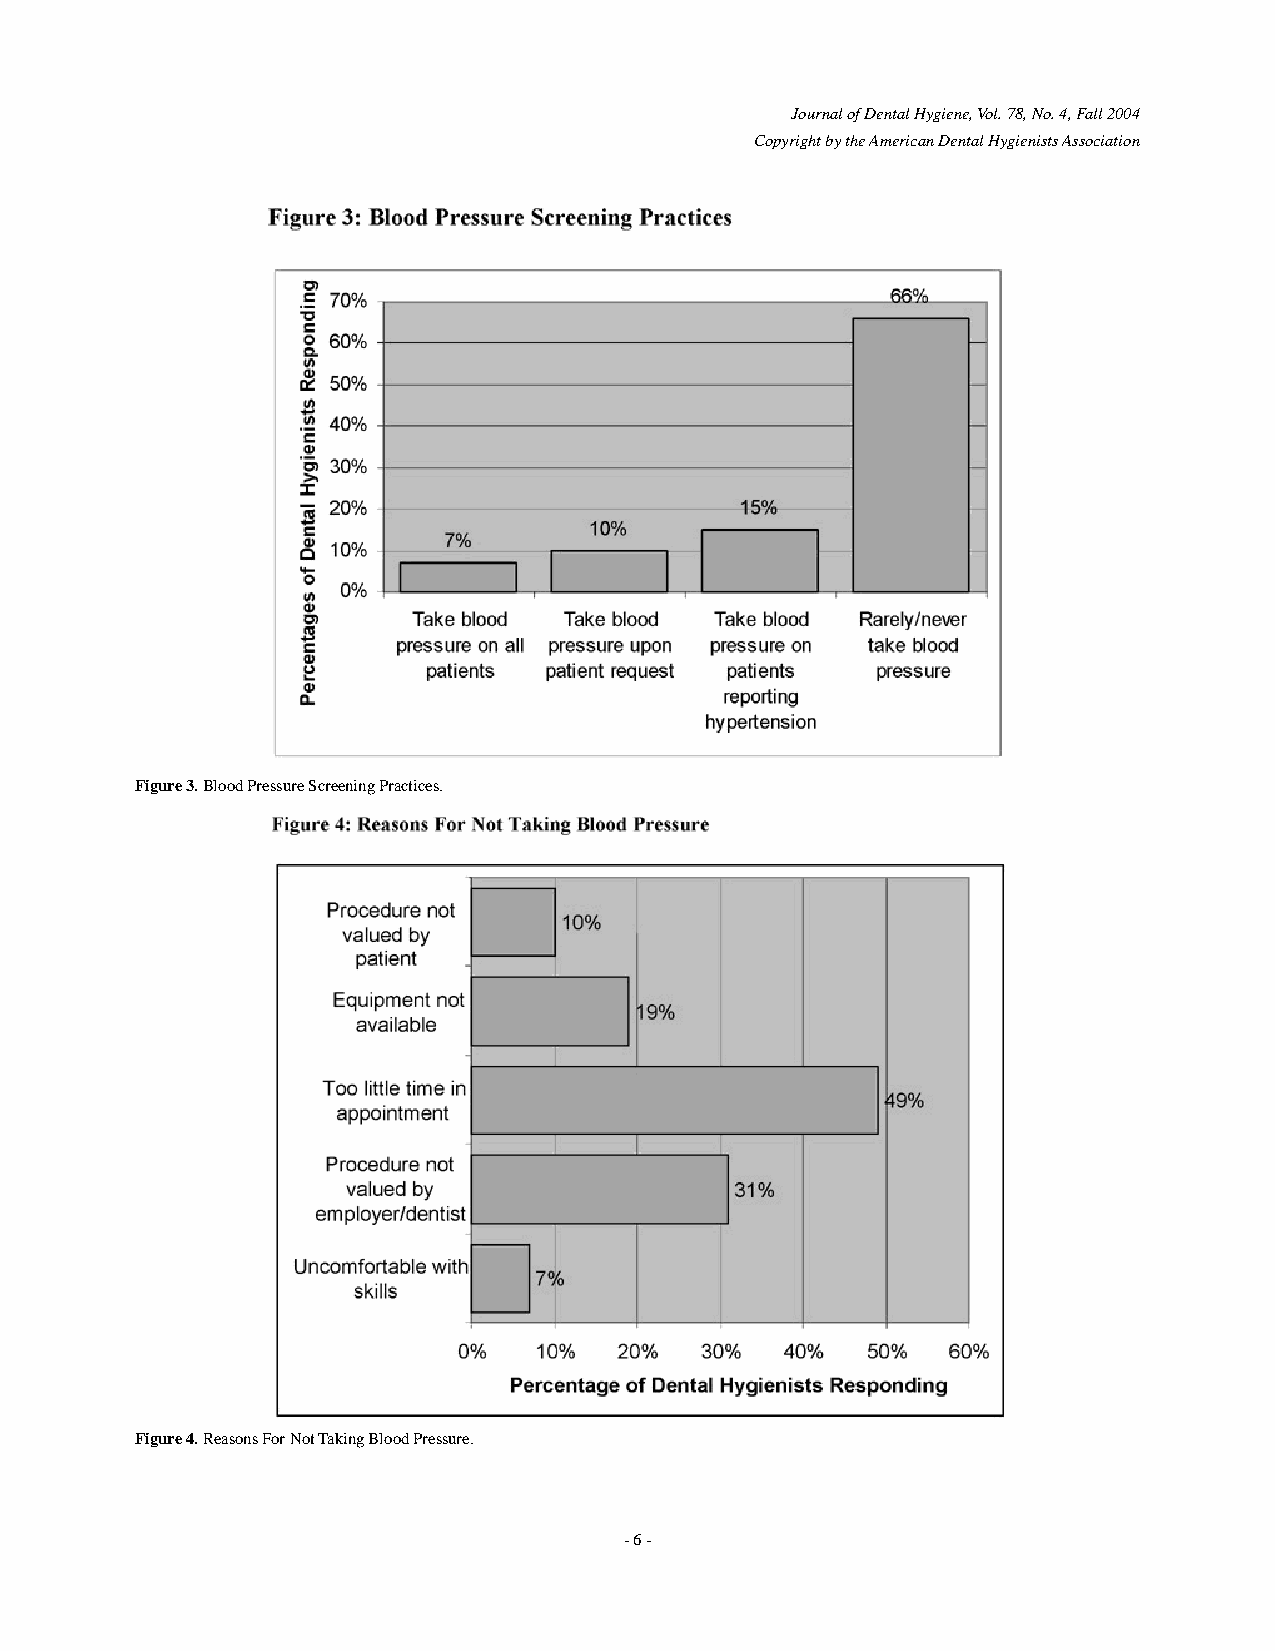
Journal of Dental Hygiene, Vol. 78, No. 4, Fall 2004
 Copyright by the American Dental Hygienists Association
 Figure 3. Blood Pressure Screening Practices.
 Figure 4. Reasons For Not Taking Blood Pressure.
 - 6 -